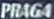
PRAGA